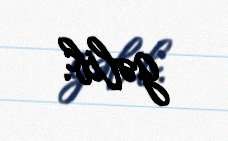
gəlib.